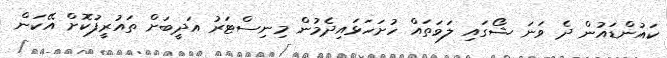
ކައުންޑައުން ދެ ވަނަ ޝޯގައި ލަވަތައް ހުށަހަޅައިދެމުން މިނިސްޓަރު އަދީބަށް ތައުރީފުކޮށް އޭކަން